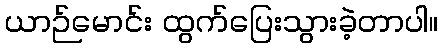
ယာဉ်မောင်း ထွက်ပြေးသွားခဲ့တာပါ။